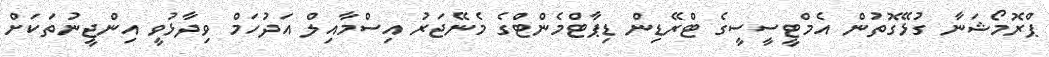
ޕްރޮމޯޝަނާ ގުޅޭގޮތުން އެމްޓީސީސީގެ ޓްރޭޑިން ޑިޕާޓްމެންޓްގެ މެނޭޖަރު އިސްމާއިލް އަދުހަމް ވިދާޅުވީ އިންޖީނުތަކަށް